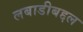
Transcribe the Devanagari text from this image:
लबाडीबद्दल